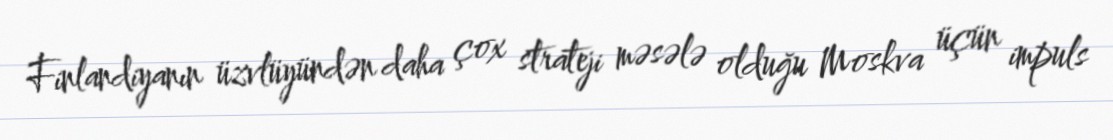
Finlandiyanın üzvlüyündən daha çox strateji məsələ olduğu Moskva üçün impuls